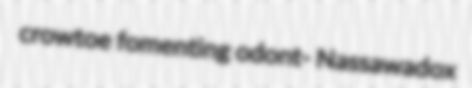
crowtoe fomenting odont- Nassawadox